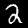
Label: 2